Report of the Indian Hemp Drugs Commission, 1894-1895 - Volume VI
Year: 1894
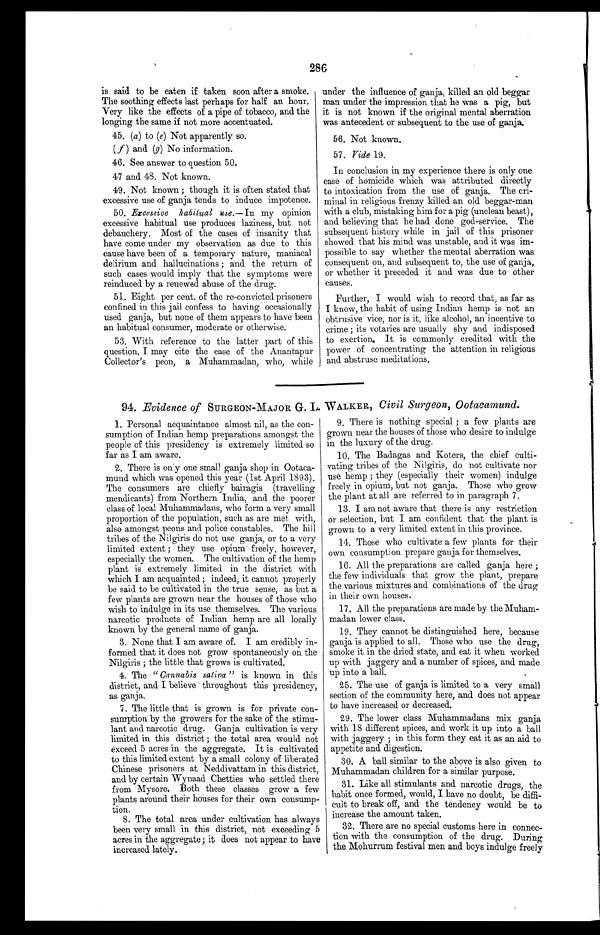
0286
is said to be eaten if taken soon after a smoke.
The soothing effects last perhaps for half an hour.
Very like the effects of a pipe of tobacco, and the
longing the same if not more accentuated.
45. (a) to (e) Not apparently so.
(f) and (g) No information.
46. See answer to question 50.
47 and 48. Not known.
49. Not known; though it is often stated that
excessive use of ganja tends to induce impotence.
50. Excessive habitual use .—In my opinion
excessive habitual use produces laziness, but not
debauchery. Most of the cases of insanity that
have come under my observation as due to this
cause have been of a temporary nature, maniacal
delirium and hallucinations; and the return of
such cases would imply that the symptoms were
reinduced by a renewed abuse of the drug.
51. Eight per cent. of the re-convicted prisoners
confined in this jail confess to having occasionally
used ganja, but none of them appears to have been
an habitual consumer, moderate or otherwise.
53. With reference to the latter part of this
question, I may cite the case of the Anantapur
Collector's peon, a Muhammadan, who, while
under the influence of ganja, killed an old beggar
man under the impression that he was a pig, but
it is not known if the original mental aberration
was antecedent or subsequent to the use of ganja.
56. Not known.
57. Vide 19.
In conclusion in my experience there is only one
case of homicide which was attributed directly
to intoxication from the use of ganja. The cr
i - m i n a l i n r e l i g i o u s f r e n z y k i l l e d a n o l d b e g g a r - m a n
with a club, mistaking him for a pig (unclean beast),
and believing that he had done god-service. The
subsequent history while in jail of this prisoner
showed that his mind was unstable, and it was im--
possible to say whether the mental aberration was
consequent on, and subsequent to, the use of ganja,
or whether it preceded it and was due to other
causes.
Further, I would wish to record that, as far as
I know, the habit of using Indian hemp is not an
obtrusive vice, nor is it, like alcohol, an incentive to
crime; its votaries are usually shy and indisposed
to exertion. It is commonly credited with the
power of concentrating the attention in religious
and abstruse meditations.
94. Evidence of SURGEON-MAJOR G. L. WALKER, Civil Surgeon, Ootacamund.
1. Personal acquaintance almost nil, as the co
n - s u m p t i o n o f I n d i a n h e m p p r e p a r a t i o n s a m o n g s t t h e
people of this presidency is extremely limited so
far as I am aware.
2. There is only one small ganja shop in Ootaca-
mund which was opened this year (1st April 1893).
The consumers are chiefly bairagis (travelling
mendicants) from Northern India, and the poorer
class of local Muhammadans, who form a very small
proportion of the population, such as are met with,
also amongst peons and police constables. The hill
tribes of the Nilgiris do not use ganja, or to a very
limited extent; they use opium freely, however,
especially the women. The cultivation of the hemp
plant is extremely limited in the district with
which I am acquainted; indeed, it cannot properly
be said to be cultivated in the true sense, as but a
few plants are grown near the houses of those who
wish to indulge in its use themselves. The various
narcotic products of Indian hemp are all locally
known by the general name of ganja.
3. None that I am aware of. I am credibly i
n - f o r m e d t h a t i t d o e s n o t g r o w s p o n t a n e o u s l y o n t h e
Nilgiris; the little that grows is cultivated.
4. The "Cannabis sativa" is known in this
district, and I believe throughout this presidency,
as ganja.
7. The little that is grown is for private co
n-sumption by the growers for the sake of the stim
u - l a n t a n d n a r c o t i c d r u g . G a n j a c u l t i v a t i o n i s v e r y
limited in this district; the total area would not
exceed 5 acres in the aggregate. It is cultivated
to this limited extent by a small colony of liberated
Chinese prisoners at Neddivattam in this district,
and by certain Wynaad Chetties who settled there
from Mysore. Both these classes grow a few
plants around their houses for their own consum-p-
tion.
8. The total area under cultivation has always
been very small in this district, not exceeding 5
acres in the aggregate; it does not appear to have
increased lately.
9. There is nothing special; a few plants are
grown near the houses of those who desire to indulge
in the luxury of the drug.
10. The Badagas and Koters, the chief cult
i - v a t i n g t r i b e s o f t h e N i l g i r i s , d o n o t c u l t i v a t e n o r
use hemp; they (especially their women) indulge
freely in opium, but not ganja. Those who grow
the plant at all are referred to in paragraph 7.
13. I am not aware that there is any restriction
or selection, but I am confident that the plant is
grown to a very limited extent in this province.
14. Those who cultivate a few plants for their
own consumption prepare ganja for themselves.
16. All the preparations are called ganja here;
the few individuals that grow the plant, prepare
the various mixtures and combinations of the drug
in their own houses.
17. All the preparations are made by the Muha
m-madan lower class.
19. They cannot be distinguished here, because
ganja is applied to all. Those who use the drug,
smoke it in the dried state, and eat it when worked
up with jaggery and a number of spices, and made
up into a ball.
25. The use of ganja is limited to a very small
section of the community here, and does not appear
to have increased or decreased.
29. The lower class Muhammadans mix ganja
with 18 different spices, and work it up into a ball
with jaggery; in this form they eat it as an aid to
appetite and digestion.
30. A ball similar to the above is also given to
Muhammadan children for a similar purpose.
31. Like all stimulants and narcotic drugs, the
habit once formed, would, I have no doubt, be diffi
- c u l t t o b r e a k o f f , a n d t h e t e n d e n c y w o u l d b e t o
increase the amount taken.
32. There are no special customs here in conne
c - t i o n w i t h t h e c o n s u m p t i o n o f t h e d r u g . D u r i n g
the Mohurrum festival men and boys indulge freely